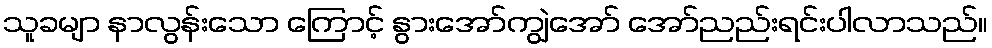
သူခမျာ နာလွန်းသော ကြောင့် နွားအော်ကျွဲအော် အော်ညည်းရင်းပါလာသည်။